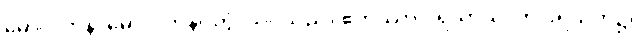
မောဂ္ဂလာန၊ မောဂ္ဂလာန်။ တွံ၊ သင်သည်။ ဧတိဿာ ပရိသာယ၊ ဤပရိသတ်၌။